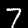
Digit: 7